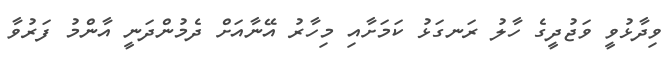
ވިދާޅުވީ ވަޖުދީގެ ހާލު ރަނގަޅު ކަމަށާއި މިހާރު އޭނާއަށް ދެމުންދަނީ އާންމު ފަރުވާ